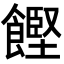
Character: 𮩌